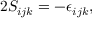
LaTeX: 2 S _ { i j k } = - \epsilon _ { i j k } ,